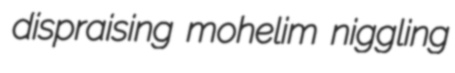
dispraising mohelim niggling